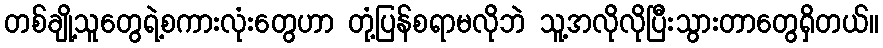
တစ်ချို့သူတွေရဲ့စကားလုံးတွေဟာ တုံ့ပြန်စရာမလိုဘဲ သူ့အလိုလိုပြီးသွားတာတွေရှိတယ်။